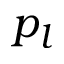
p _ { l }